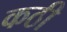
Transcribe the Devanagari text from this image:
कठी